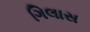
ગિલાસ